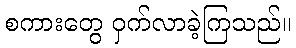
စကားတွေ ဝှက်လာခဲ့ကြသည်။